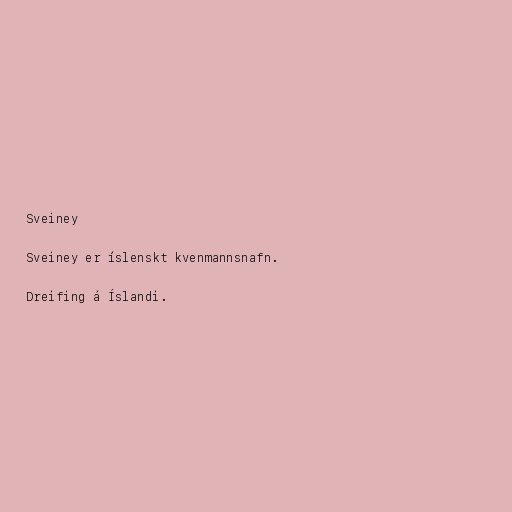
Sveiney

Sveiney er íslenskt kvenmannsnafn.

Dreifing á Íslandi.